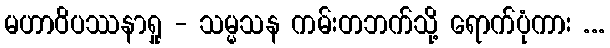
မဟာဝိပဿနာရှု - သမ္မသန ကမ်းတဘက်သို့ ရောက်ပုံကား ...